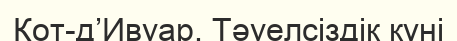
Кот-д’Ивуар, Тәуелсіздік күні